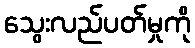
သွေးလည်ပတ်မှုကို